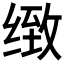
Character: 𰬫